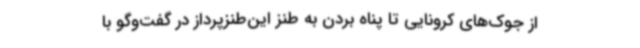
از جوک‌های کرونایی تا پناه بردن به طنز این‌طنزپرداز در گفت‌وگو با